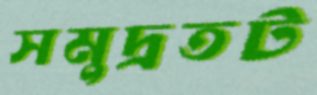
সমুদ্রতট